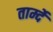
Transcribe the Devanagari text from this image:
तार्म्दे